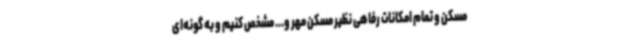
مسکن و تمام امکانات رفاهی نظیر مسکن مهر و... مشخص کنیم و به گونه‌ای